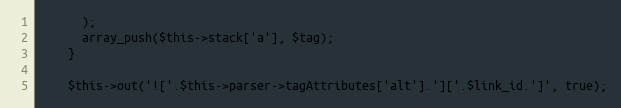
Language: PHP
      );
      array_push($this->stack['a'], $tag);
    }

    $this->out('!['.$this->parser->tagAttributes['alt'].']['.$link_id.']', true);